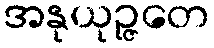
အနုယုဉ္ဇတေ